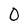
Character: 0